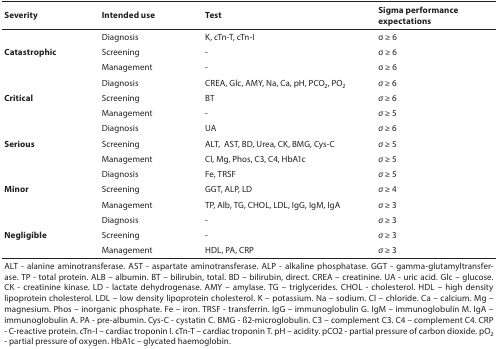
| Severity | Intended use | Test | Sigma performance expectations |
 | --- | --- | --- | --- |
 | <ROWSPAN=3> Catastrophic | Diagnosis | K, cTn-T, cTn-I | σ ≥ 6 |
 | Screening | - | σ ≥ 6 |
 | Management | - | σ ≥ 6 |
 | <ROWSPAN=3> Critical | Diagnosis | CREA, Glc, AMY, Na, Ca, pH, PCO2, PO2 | σ ≥ 6 |
 | Screening | BT | σ ≥ 6 |
 | Management | - | σ ≥ 5 |
 | <ROWSPAN=3> Serious | Diagnosis | UA | σ ≥ 6 |
 | Screening | ALT, AST, BD, Urea, CK, BMG, Cys-C | σ ≥ 5 |
 | Management | Cl, Mg, Phos, C3, C4, HbA1c | σ ≥ 5 |
 | <ROWSPAN=3> Minor | Diagnosis | Fe, TRSF | σ ≥ 5 |
 | Screening | GGT, ALP, LD | σ ≥ 4 |
 | Management | TP, Alb, TG, CHOL, LDL, IgG, IgM, IgA | σ ≥ 3 |
 | <ROWSPAN=3> Negligible | Diagnosis | - | σ ≥ 3 |
 | Screening | - | σ ≥ 3 |
 | Management | HDL, PA, CRP | σ ≥ 3 |
 | <COLSPAN=4> ALT - alanine aminotransferase. AST - aspartate aminotransferase. ALP - alkaline phosphatase. GGT - gamma-glutamyltransferase. TP - total protein. ALB – albumin. BT – bilirubin, total. BD – bilirubin, direct. CREA – creatinine. UA - uric acid. Glc – glucose. CK - creatinine kinase. LD - lactate dehydrogenase. AMY – amylase. TG – triglycerides. CHOL - cholesterol. HDL – high density lipoprotein cholesterol. LDL – low density lipoprotein cholesterol. K – potassium. Na – sodium. Cl – chloride. Ca – calcium. Mg – magnesium. Phos – inorganic phosphate. Fe – iron. TRSF - transferrin. IgG – immunoglobulin G. IgM – immunoglobulin M. IgA – immunoglobulin A. PA - pre-albumin. Cys-C - cystatin C. BMG - ß2-microglobulin. C3 – complement C3. C4 – complement C4. CRP - C-reactive protein. cTn-I – cardiac troponin I. cTn-T – cardiac troponin T. pH – acidity. pCO2 - partial pressure of carbon dioxide. pO2 - partial pressure of oxygen. HbA1c – glycated haemoglobin. |